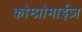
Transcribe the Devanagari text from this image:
कोम्प्रोमाईज़